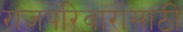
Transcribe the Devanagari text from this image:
राजपरिवारासाठी